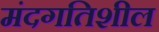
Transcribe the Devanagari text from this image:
मंदगतिशील